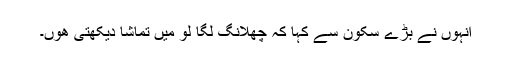
انہوں نے بڑے سکون سے کہا کہ چھلانگ لگا لو میں تماشا دیکھتی ھوں۔